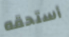
أستحقه